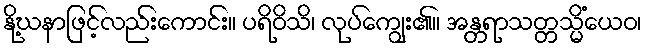
နို့ဃနာဖြင့်လည်းကောင်း။ ပရိဝိသိ၊ လုပ်ကျွေး၏။ အန္တရာသတ္တသ္မိံယေဝ၊